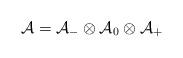
LaTeX: \begin{align*}\mathcal{A} = \mathcal{A}_{-}\otimes \mathcal{A}_{0}\otimes \mathcal{A}_{+}\end{align*}